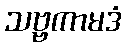
သဗ္ဗကာမဒံ